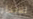
للإبحار